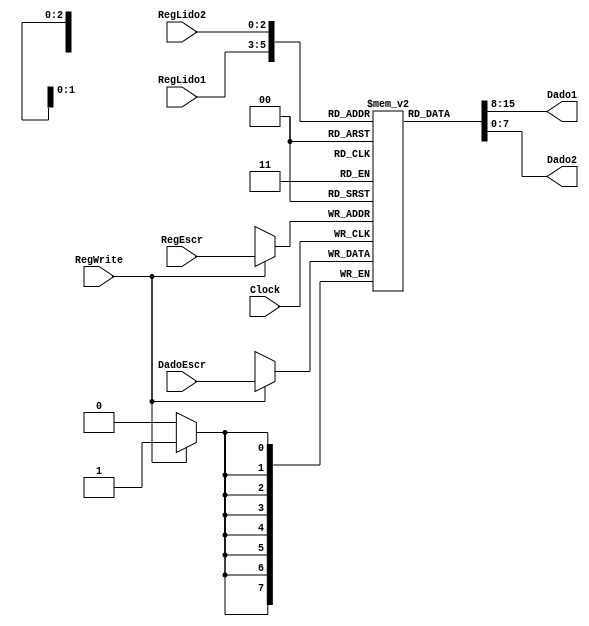
module BancoDeRegistradores (RegLido1, RegLido2, RegEscr, DadoEscr, Dado1, Dado2, RegWrite, Clock);

  input [2:0] RegLido1, RegLido2, RegEscr;
  input [7:0] DadoEscr;
  input RegWrite, Clock;
  output reg [7:0] Dado1, Dado2;
  
  reg [7:0] BR [7:0];
  
  always @(posedge Clock) begin
    if(RegWrite) begin 
      BR[RegEscr] = DadoEscr;
      //$display("%b de: %b",RegEscr, DadoEscr);
    end
  end
  
  always @(*) begin
    Dado1 = BR[RegLido1];
    Dado2 = BR[RegLido2];
  end

endmodule